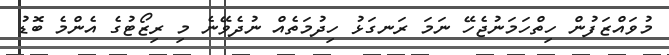
މުވައްޒަފުން ހިތްހަމަނުޖެހޭ ނަމަ ރަނގަޅު ހިދުމަތެއް ނުދެވޭނެ މި ރިޒޯޓުގެ އެންމެ ބޮޑު